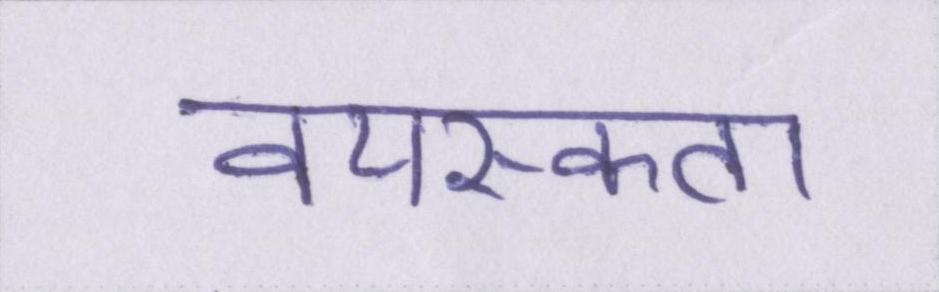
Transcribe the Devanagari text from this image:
वयस्कता